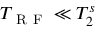
T _ { \mathrm { ~ R ~ F ~ } } \ll T _ { 2 } ^ { s }